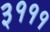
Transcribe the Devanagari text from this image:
३१११